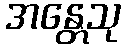
အန္တေသု